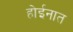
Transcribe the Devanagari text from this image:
होईनात